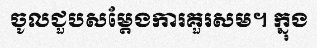
ចូលជួបសម្តែងការគួរសម។ ក្នុង